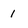
Character: 1